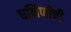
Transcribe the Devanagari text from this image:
धनिणीची